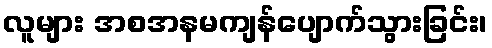
လူများ အစအနမကျန်ပျောက်သွားခြင်း၊